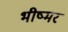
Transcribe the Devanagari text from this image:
भीष्मर